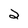
Character: 2